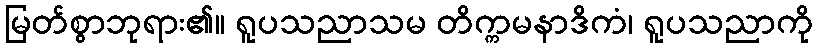
မြတ်စွာဘုရား၏။ ရူပသညာသမ တိက္ကမနာဒိကံ၊ ရူပသညာကို